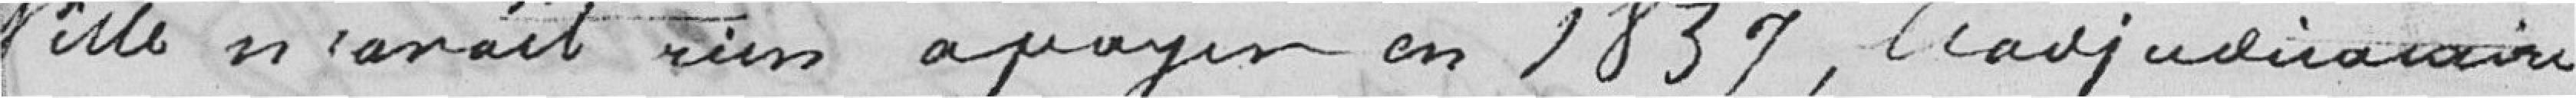
ville n'avait rien à payer en 1837, l'adjudicataire